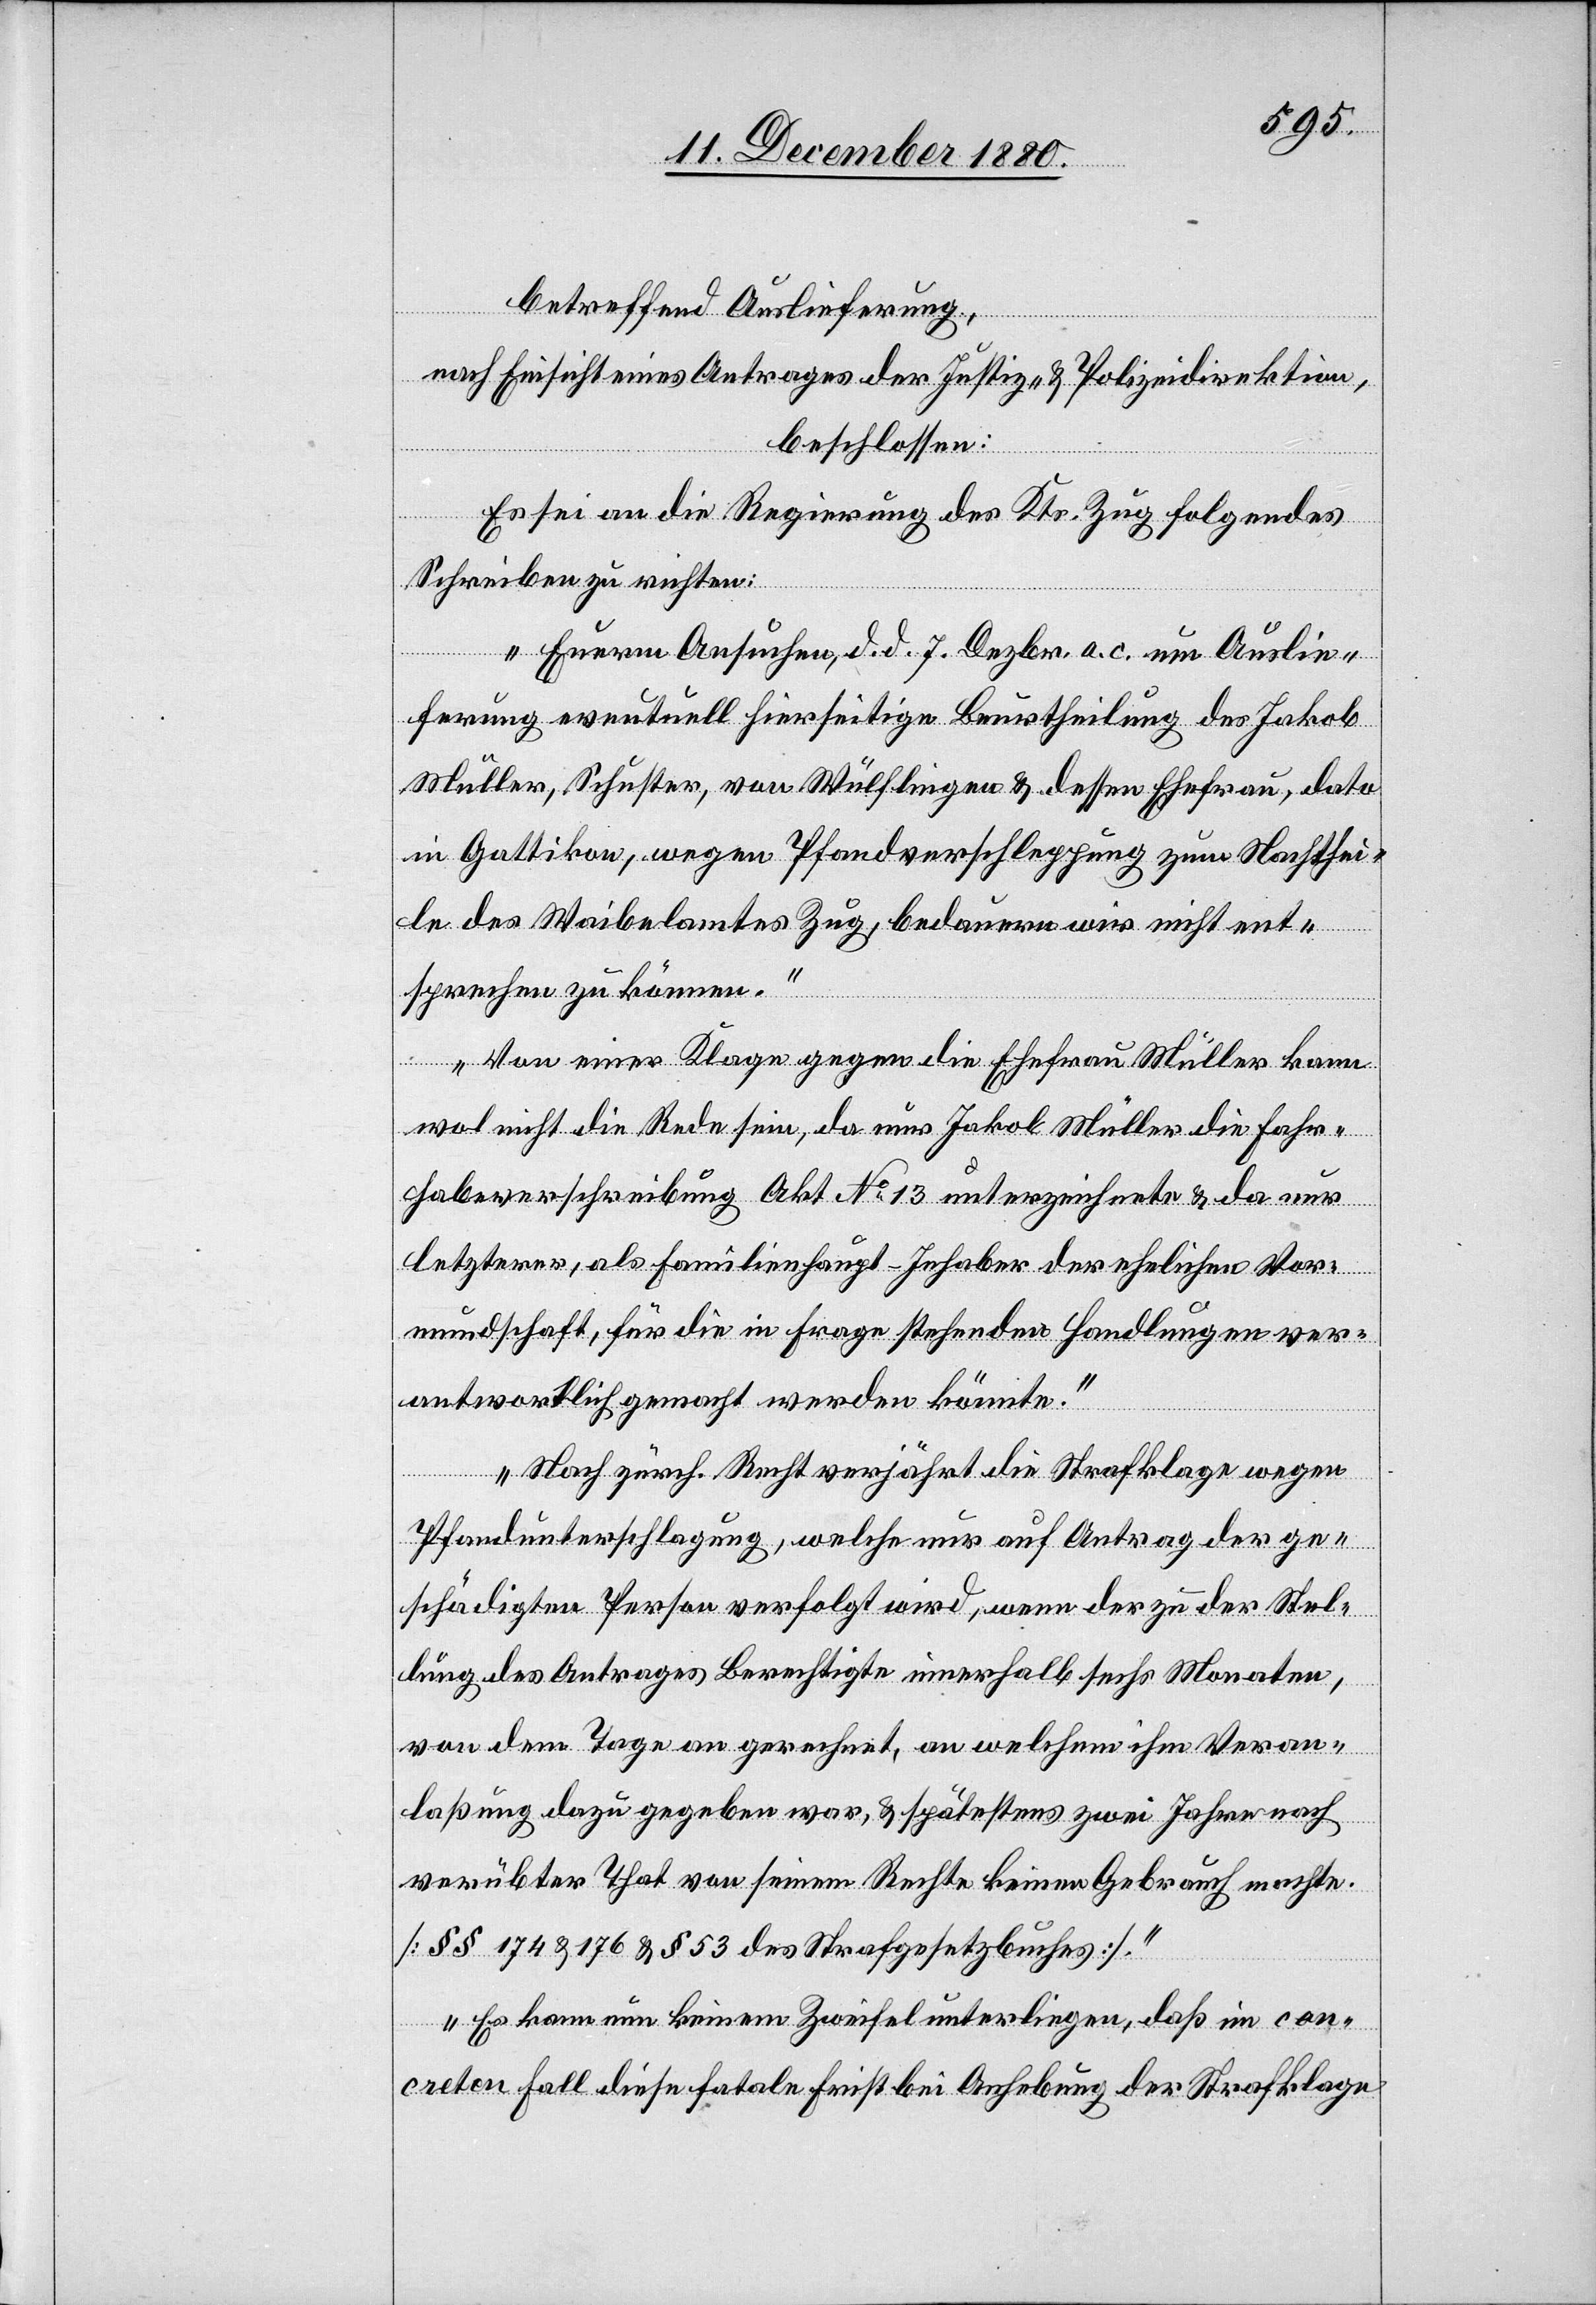
betreffend Auslieferung,
nach Einsicht eines Antrages der Justiz- & Polizeidirektion,
beschlossen:
Es sei an die Regierung des Kts. Zug folgendes
Schreiben zu richten:
„Euerm Ansuchen, d. d. 7. Dezbr. a. c. um Auslie¬
ferung eventuell hierseitige Beurtheilung des Jakob
Müller, Schuster, von Wülflingen & dessen Ehefrau, dato
in Gattikon, wegen Pfandverschleppung zum Nachthei¬
le des Waibelamtes Zug, bedauern wir nicht ent¬
sprechen zu können.
Von einer Klage gegen die Ehefrau Müller kann
wol nicht die Rede sein, da nur Jakob Müller die Fahr¬
habeverschreibung Akt. No 13 unterzeichnete & da nur
letzterer, als Familienhaupt-Inhaber der ehelichen Vor¬
mundschaft, für die in Frage stehenden Handlungen ver¬
antwortlich gemacht werden könnte.
Nach zürch. Recht verjährt die Strafklage wegen
Pfandunterschlagung, welche nur auf Antrag der ge¬
schädigten Person verfolgt wird, wenn der zu der Stel¬
lung des Antrages Berechtigte innerhalb sechs Monaten,
von dem Tage an gerechnet, an welchem ihm Veran¬
laßung dazu gegeben war, & spätestens zwei Jahre nach
verübter That von seinem Rechte keinen Gebrauch machte.
[§§ 174 & 176 & § 53 des Strafgesetzbuches].
Es kann nun keinem Zweifel unterliegen, daß im con¬
creten Fall diese fatale Frist bei Anhebung der Strafklage